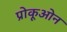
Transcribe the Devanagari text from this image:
प्रोकूओन